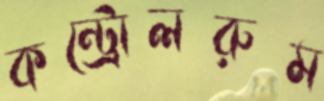
কন্ট্রোলরুম